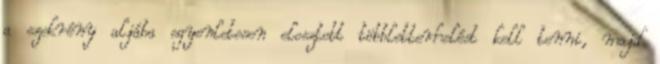
a szekrény aljába egyenletesen elosztott többletterhelést kell tenni, majd